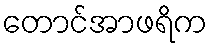
တောင်အာဖရိက